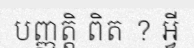
បញ្ញត្តិ ពិត ? អ្វី